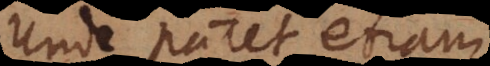
Unde patet eti